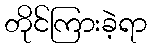
တိုင်ကြားခဲ့ရာ